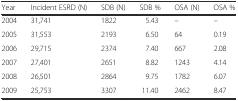
<table><thead><tr><td><b>Year</b></td><td><b>Incident ESRD (N)</b></td><td><b>SDB (N)</b></td><td><b>SDB %</b></td><td><b>OSA (N)</b></td><td><b>OSA %</b></td></tr></thead><tbody><tr><td>2004</td><td>31,741</td><td>1822</td><td>5.43</td><td>–</td><td>–</td></tr><tr><td>2005</td><td>31,553</td><td>2193</td><td>6.50</td><td>64</td><td>0.19</td></tr><tr><td>2006</td><td>29,715</td><td>2374</td><td>7.40</td><td>667</td><td>2.08</td></tr><tr><td>2007</td><td>27,401</td><td>2651</td><td>8.82</td><td>1243</td><td>4.14</td></tr><tr><td>2008</td><td>26,501</td><td>2864</td><td>9.75</td><td>1782</td><td>6.07</td></tr><tr><td>2009</td><td>25,753</td><td>3307</td><td>11.40</td><td>2462</td><td>8.47</td></tr></tbody></table>